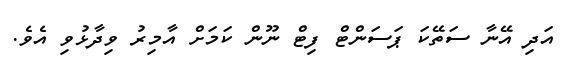
އަދި އޭނާ ސަތޭކަ ޕަސަންޓް ފިޓް ނޫން ކަމަށް އާމިރު ވިދާޅުވި އެވެ.